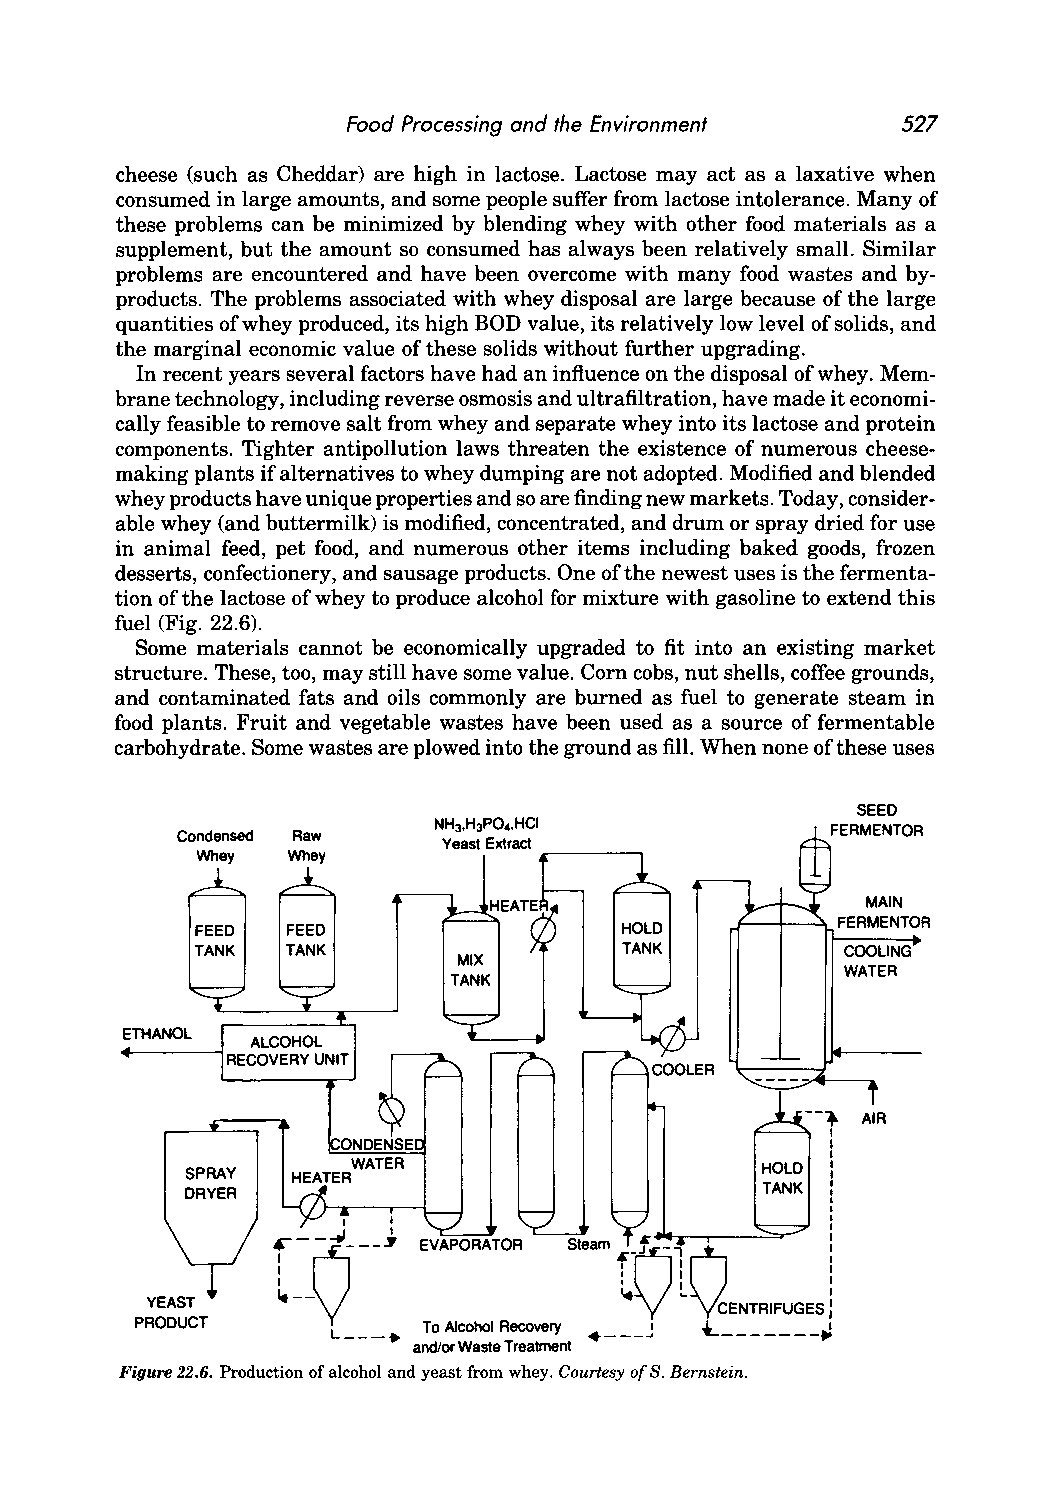
Food Processing and the Environment  527
 cheese (such as Cheddar) are high in lactose. Lactose may act as a laxative when
 consumed in large amounts, and some people suffer from lactose intolerance. Many of
 these problems can be minimized by blending whey with other food materials as a
 supplement, but the amount so consumed has always been relatively small. Similar
 problems are encountered and have been overcome with many food wastes and by
 products. The problems associated with whey disposal are large because of the large
 quantities of whey produced, its high BOD value, its relatively low level of solids, and
 the marginal economic value of these solids without further upgrading.
 In recent years several factors have had an influence on the disposal of whey. Mem
 brane technology, including reverse osmosis and ultrafiltration, have made it economi
 cally feasible to remove salt from whey and separate whey into its lactose and protein
 components. Tighter antipollution laws threaten the existence of numerous cheese
 making plants if alternatives to whey dumping are not adopted. Modified and blended
 whey products have unique properties and so are finding new markets. Today, consider
 able whey (and buttermilk) is modified, concentrated, and drum or spray dried for use
 in animal feed, pet food, and numerous other items including baked goods, frozen
 desserts, confectionery, and sausage products. One of the newest uses is the fermenta
 tion of the lactose of whey to produce alcohol for mixture with gasoline to extend this
 fuel (Fig. 22.6).
 Some materials cannot be economically upgraded to fit into an existing market
 structure. These, too, may still have some value. Corn cobs, nut shells, coffee grounds,
 and contaminated fats and oils commonly are burned as fuel to generate steam in
 food plants. Fruit and vegetable wastes have been used as a source of fermentable
 carbohydrate. Some wastes are plowed into the ground as fill. When none of these uses
 SEED
 Condensed Raw    NH3.H3PO •• HCI           FERMENTOR
 Yeast Extract ..--___- -,
 Whey  Whey
 MAIN
 ~-+-~  FERMENTOR
 COOLING
 WATER
 SPRAY
 DRYER
 (j'n
 I  I
 rQ--~
 EVAPORATOR S_
 .--                    t
 YEAST                              [\!cENTRIFUGES,
 PRODUCT      L ___ • To Alcohol Recovery • ___ ~ <l. _______ ~
 and/or Waste Treatment
 Figure 22.6. Production of alcohol and yeast from whey. Courtesy of S. Bernstein.